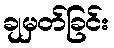
ချမှတ်ခြင်း